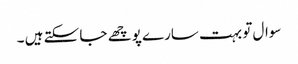
سوال تو بہت سارے پوچھے جا سکتے ہیں ۔